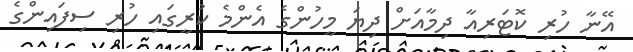
އޭނާ ހުރި ކޮޓަރިއާ ދިމާއަށް ދިޔަ މީހުންގެ އެންމެ ކުރީގައި ހުރި ސިފައިންގެ